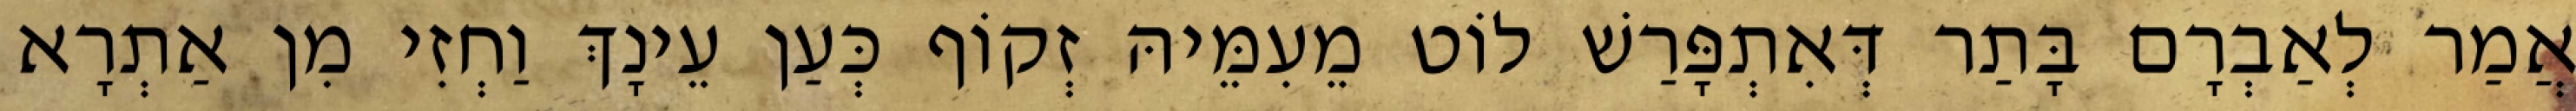
אֲמַר לְאַבְרָם בָּתַר דְּאִתְפָּרַשׁ לוֹט מֵעִמֵּיהּ זְקוֹף כְּעַן עֵינָךְ וַחְזִי מִן אַתְרָא